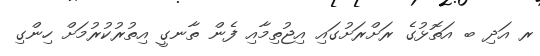
ރ އަދި ބ އަތޮޅުގެ ރަށްރަށުގައި އިޖުތިމާއި ފެން ތާނގީ އިތުރުކުރުމަށް ހިންގި